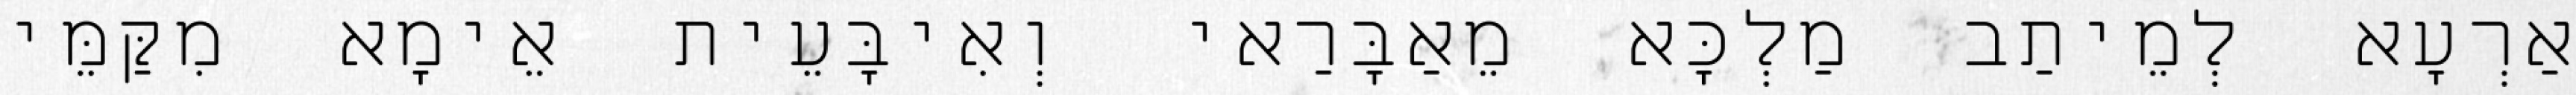
אַרְעָא לְמֵיתַב מַלְכָּא מֵאַבָּרַאי וְאִיבָּעֵית אֵימָא מִקַּמֵּי